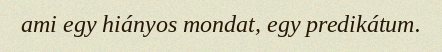
ami egy hiányos mondat, egy predikátum.